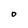
Character: O